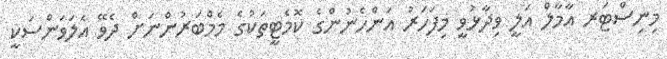
މިނިސްޓަރ އާމާލް އަލީ ވިދާޅުވީ މިފަހަރު އަންހެނުންގެ ކޮމެޓީތަކުގެ މެމްބަރުންނަށް ދެވޭ އެލަވަންސަކީ